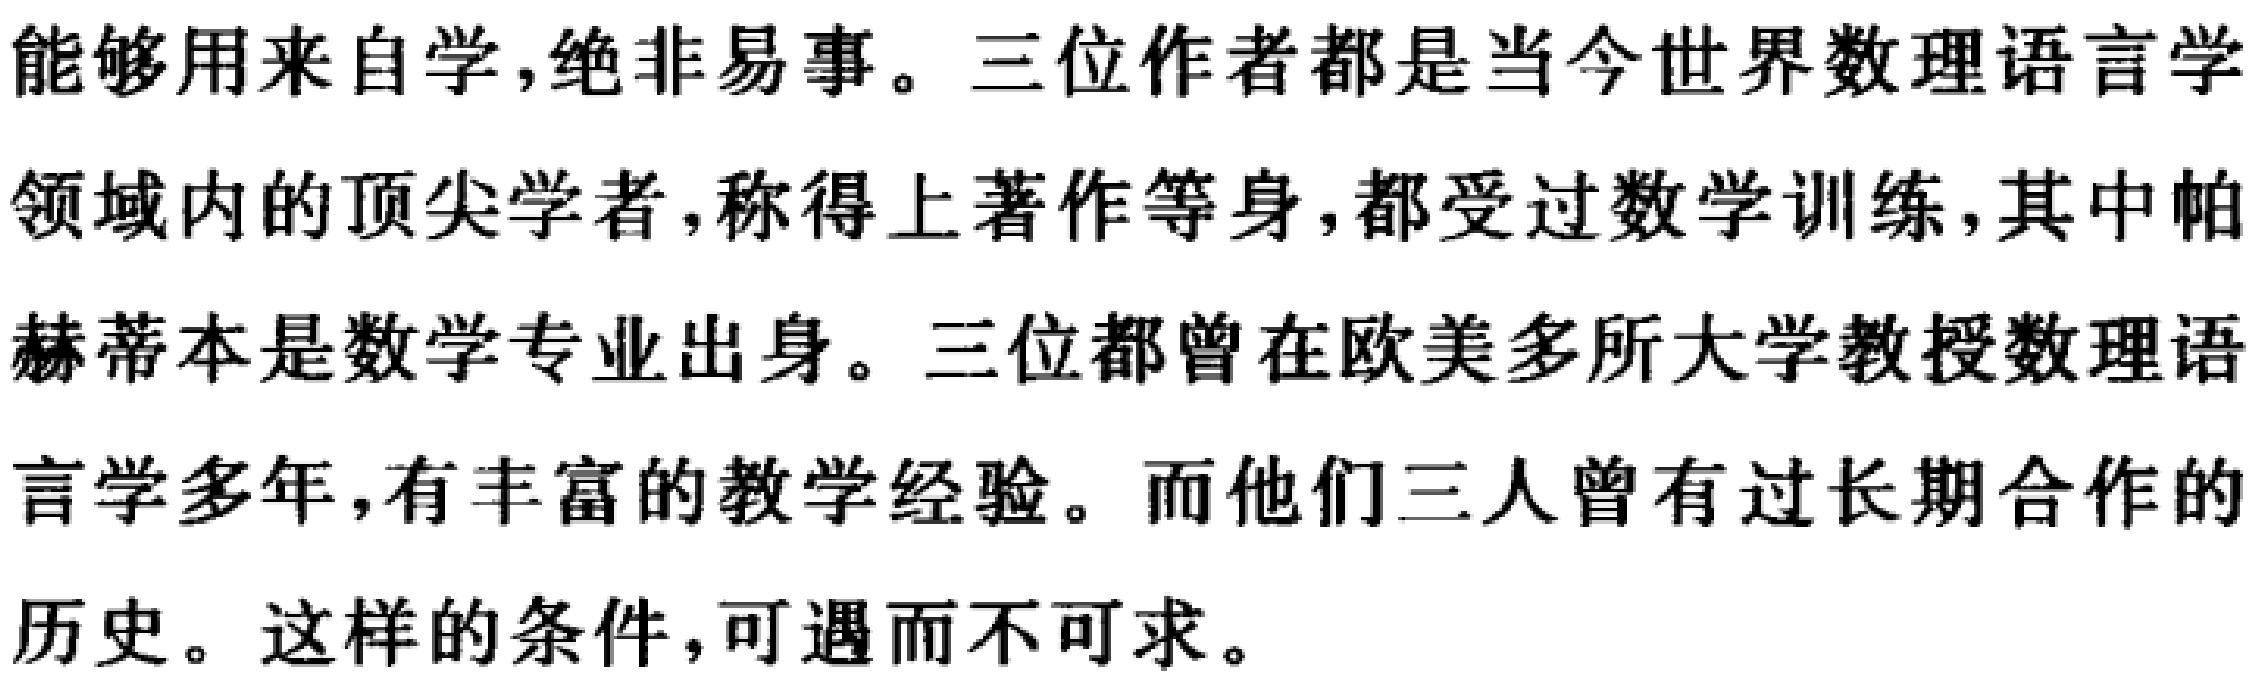
能够用来自学,绝非易事。三位作者都是当今世界数理语言学
领域内的顶尖学者,称得上著作等身,都受过数学训练,其中帕
赫蒂本是数学专业出身。三位都曾在欧美多所大学教授数理语
言学多年,有丰富的教学经验。而他们三人曾有过长期合作的
历史。这样的条件,可遇而不可求。